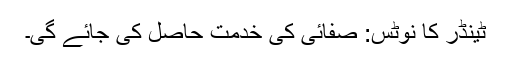
ٹینڈر کا نوٹس: صفائی کی خدمت حاصل کی جائے گی۔